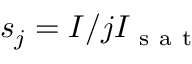
s _ { j } = I / j I _ { \mathrm { ~ s ~ a ~ t ~ } }